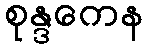
စုန္ဒကေန